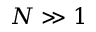
N \gg 1